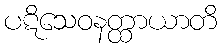
ပဋိသေဝနတ္ထာယာတိ